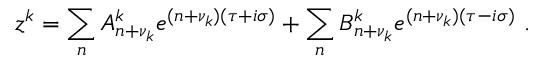
z ^ { k } = \sum _ { n } A _ { n + \nu _ { k } } ^ { k } e ^ { ( n + \nu _ { k } ) ( \tau + i \sigma ) } + \sum _ { n } B _ { n + \nu _ { k } } ^ { k } e ^ { ( n + \nu _ { k } ) ( \tau - i \sigma ) } \ .